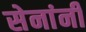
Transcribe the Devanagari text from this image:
सेनांनी